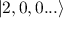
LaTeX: | 2 , 0 , 0 . . . \rangle